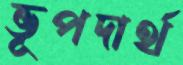
ভূপদার্থ